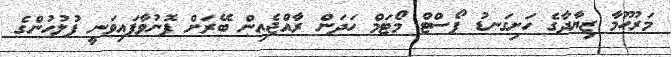
މަރުޙޫމާ ޒިޔާދާގެ ހަށިގަނޑު ޕޯސްޓް މޯޓަމް ހަދަން ރާއްޖެއިން ބޭރަށް ފޮނުވާފައިވަނީ ފުލުހުންގެ